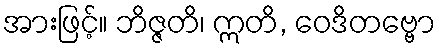
အားဖြင့်။ ဘိဇ္ဇတိ၊ ဣတိ, ဝေဒိတဗ္ဗော